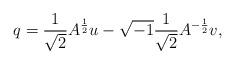
LaTeX: \begin{align*}q=\frac1{\sqrt{2}}A^{\frac12}u-\sqrt{-1}\frac1{\sqrt{2}}A^{-\frac12}v,\end{align*}